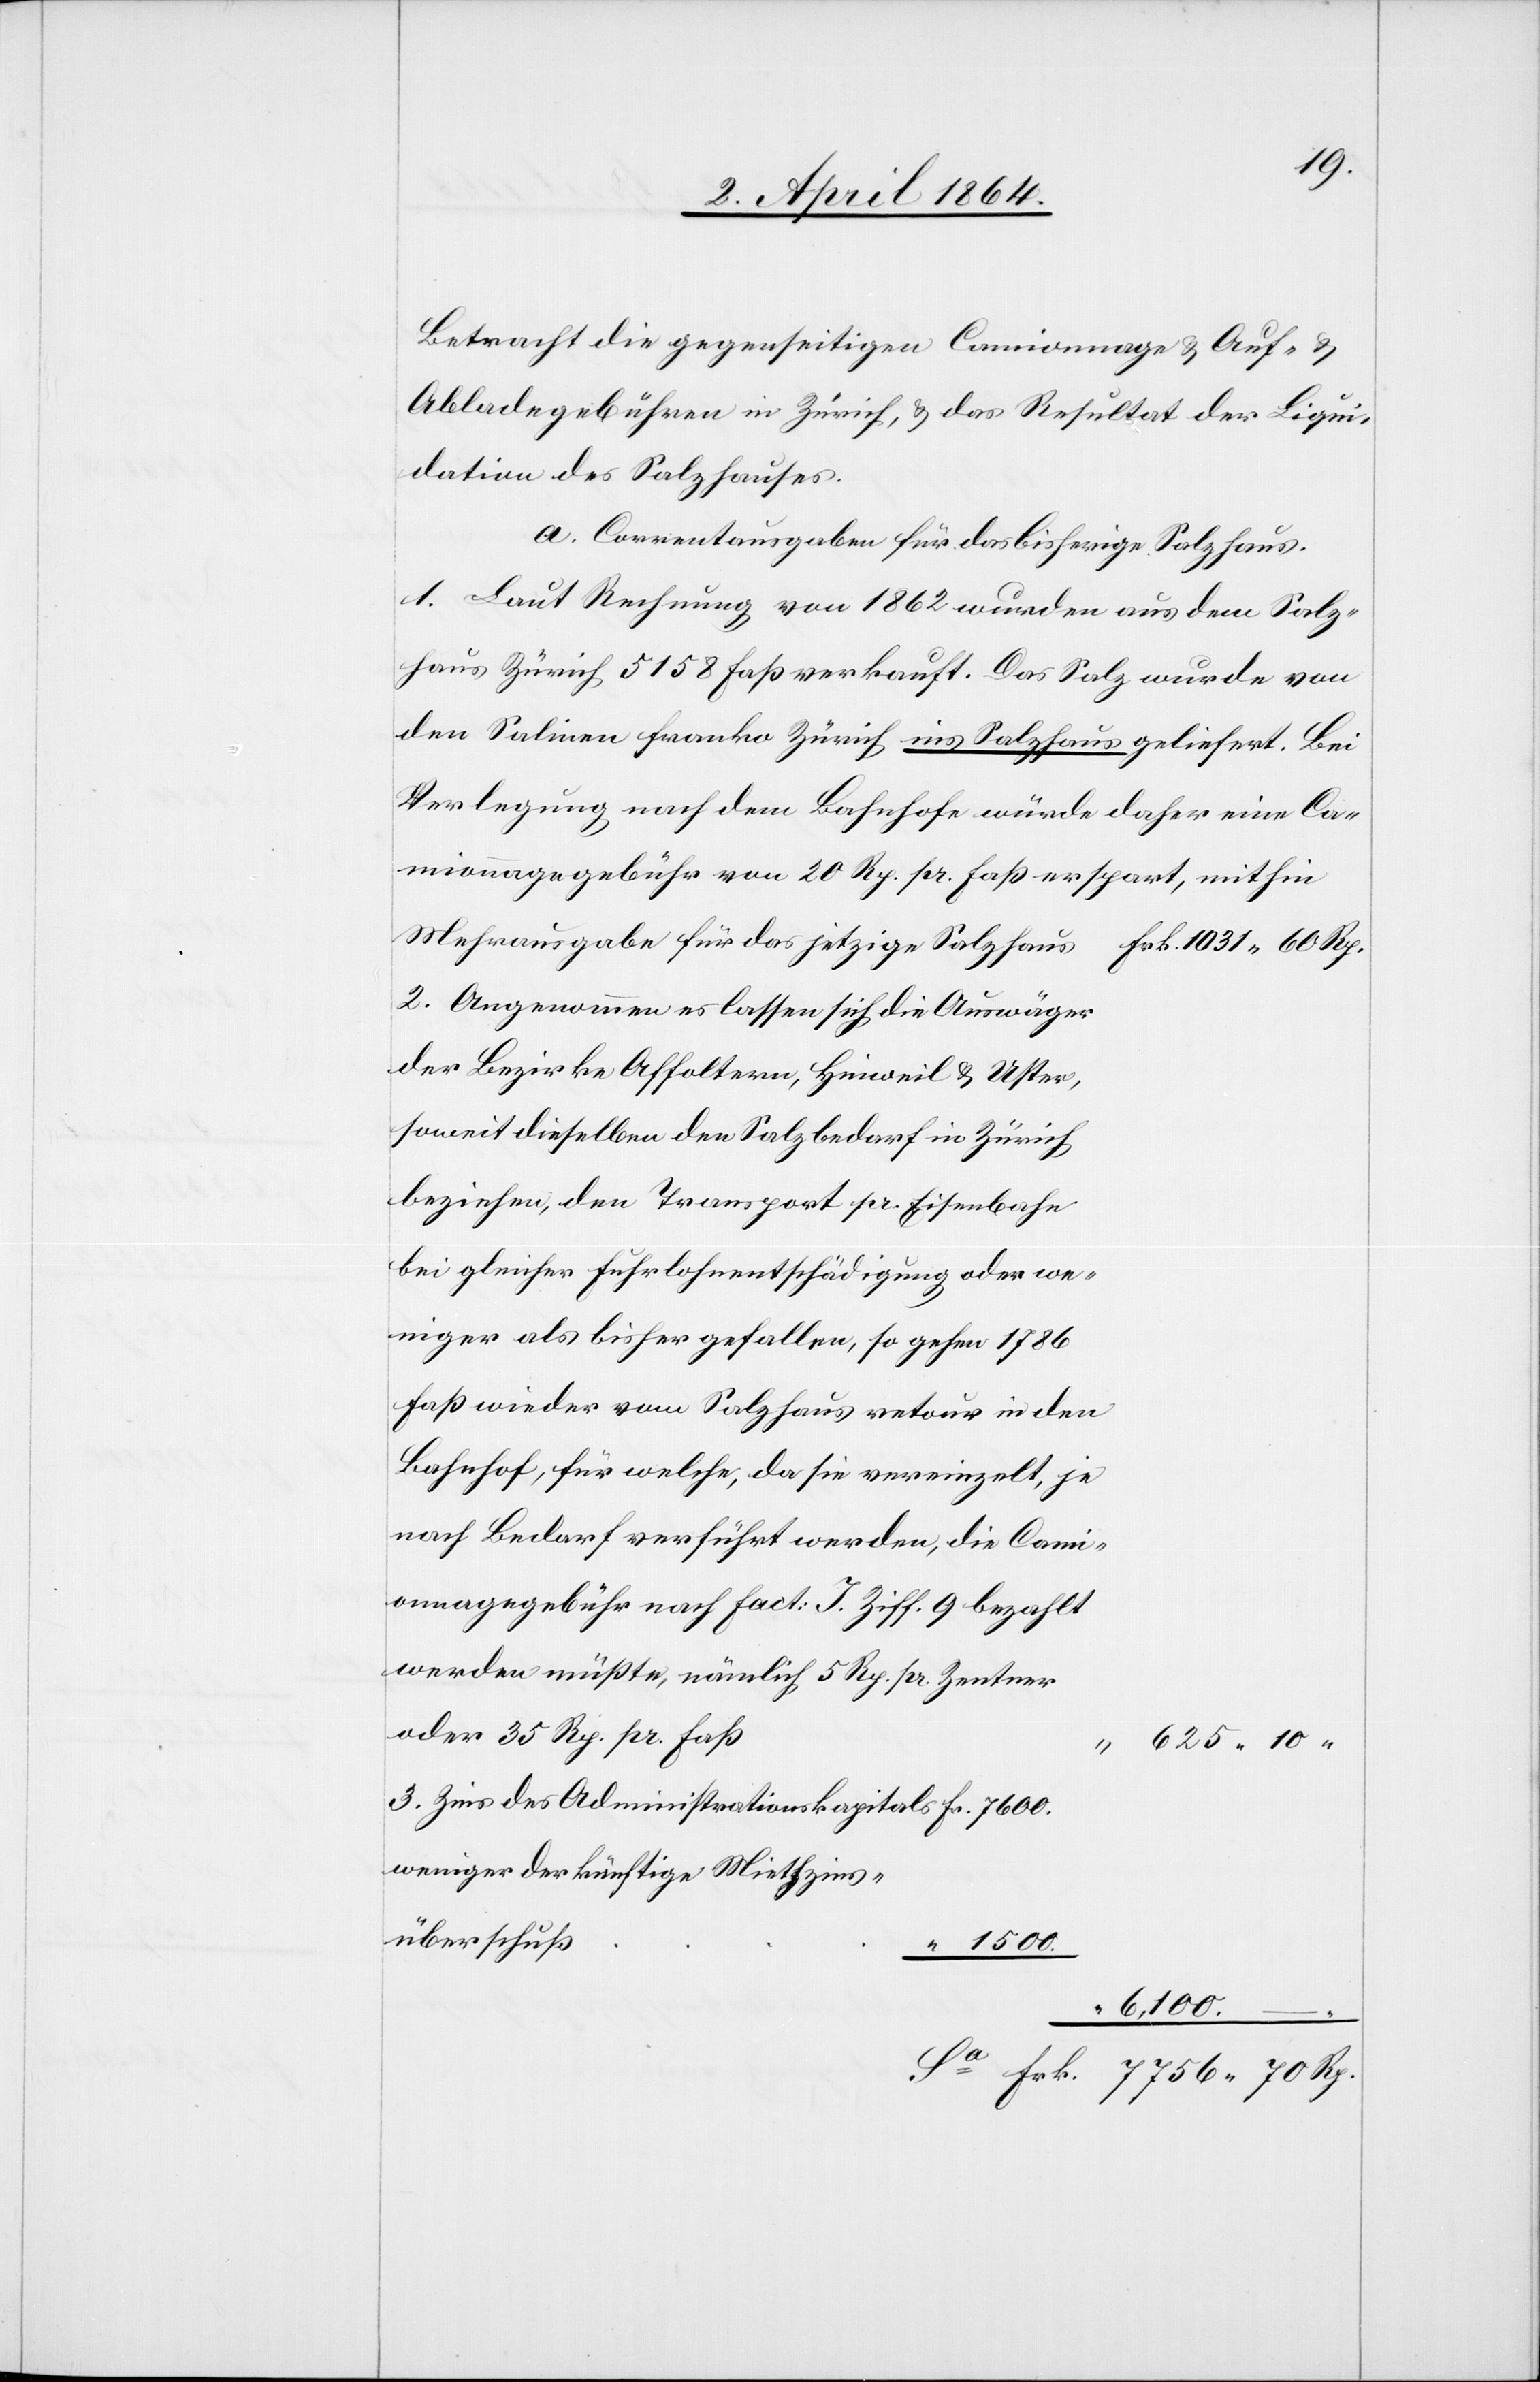
Betracht die gegenseitigen Camionnage u. Auf- u.
Abladegebühren in Zürich, u. das Resultat der Liqui¬
dation des Salzhauses.
a. Correntausgaben für das bisherige Salzhaus.
1. Laut Rechnung von 1862 wurden aus dem Salz¬
haus Zürich 5158 Faß verkauft. Das Salz wurde von
den Salinen franko Zürich ins Salzhaus geliefert. Bei
Verlegung nach dem Bahnhofe würde daher eine Ca¬
mionnagegebühr von 20 Rp. pr. Faß erspart, mithin
Mehrausgabe für das jetzige Salzhau¬
rk. 1031 60 Rp.
2. Angenommen es lassen sich die Auswäger
der Bezirke Affoltern, Hinweil u. Uster,
soweit dieselben den Salzbedarf in Zürich
beziehen, den Transport pr. Eisenbahn
bei gleicher Fuhrlohnentschädigung oder we¬
niger als bisher gefallen, so gehen 1786
Faß wieder vom Salzhaus retour in den
Bahnhof, für welche, da sie vereinzelt je
nach Bedarf verführt werden, die Cammi¬
onagegebühr nach fact: I. Ziff. 9 bezahlt
werden müßte, nämlich 5 Rp. pr. Zentner
oder 35 Rp. pr. Faß
“ 625 10
3. Zins des Administrationskapitals				Fr. 7600
weniger der künftige Miethzins¬
überschuß
“ 1500.
6,100. –
s								F¬
Sa	Frk. 7756 70 Rp.